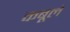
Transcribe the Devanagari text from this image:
कबूले